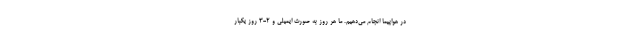
در هواپیما انجام می‌دهیم. ما هر روز به صورت ایمیلی و 2-3 روز یکبار